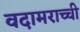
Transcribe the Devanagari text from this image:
वदामराच्ची